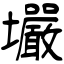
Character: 壧